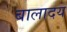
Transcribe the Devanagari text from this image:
बालादय